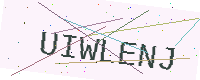
Text: UIWLENJ